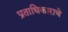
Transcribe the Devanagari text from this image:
प्रताधिकाराचे